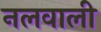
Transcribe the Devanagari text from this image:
नलवाली